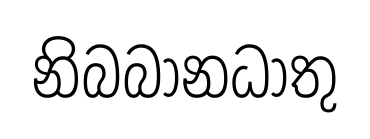
නිබබානධාතු